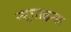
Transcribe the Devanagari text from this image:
न्यूगाइना